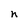
Character: n